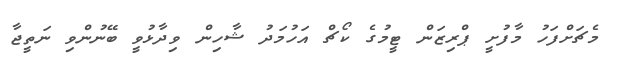
މެޗަށްފަހު މާފުށީ ޕްރިޒަން ޓީމުގެ ކޯޗް އަހުމަދު ޝާހިން ވިދާޅުވީ ބޭނުންވި ނަތީޖާ